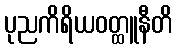
ပုညကိရိယဝတ္ထူနီတိ